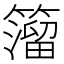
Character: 𥵄